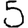
Digit: 5